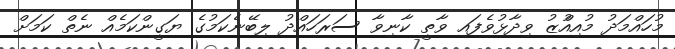
މުހައްމަދު މުއިއްުޒު ވިދާޅުވެފައި ވާތީ ކާނިވާ ސަރަހައްދު ލިބޭނެކަމުގެ ޔަގީންކަމެއް ނެތް ކަމަށް